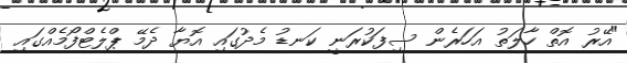
"އޭރު އޮތް ހާލަތު އަހަރެން ސިފަކުރަނީ ކަނޑު މެދުގައި އޮޔާ ދެމޭ ޕްލެޓްފޯމެއްގައި